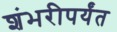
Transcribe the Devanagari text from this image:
शंभरीपर्यंत